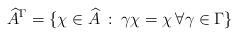
LaTeX: \begin{align*} \widehat{A}^\Gamma = \{\chi \in \widehat{A} \: : \: \gamma \chi = \chi \, \forall \gamma \in \Gamma\}\end{align*}